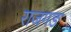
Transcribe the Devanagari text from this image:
राजगङ